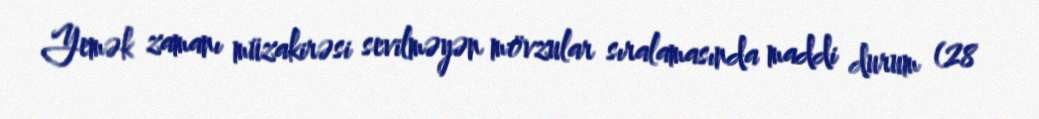
Yemək zamanı müzakirəsi sevilməyən mövzular sıralamasında maddi durum (28